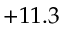
+ 1 1 . 3